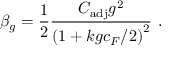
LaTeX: \beta _ { g } = \frac { 1 } { 2 } \frac { C _ { \mathrm { a d j } } g ^ { 2 } } { { \left( 1 + k g c _ { F } / 2 \right) } ^ { 2 } } \ .